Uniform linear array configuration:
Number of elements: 48
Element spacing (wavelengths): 0.5
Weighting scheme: hann
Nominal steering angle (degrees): -45
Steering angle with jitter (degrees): -44.817
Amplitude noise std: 0.05
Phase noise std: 0.05

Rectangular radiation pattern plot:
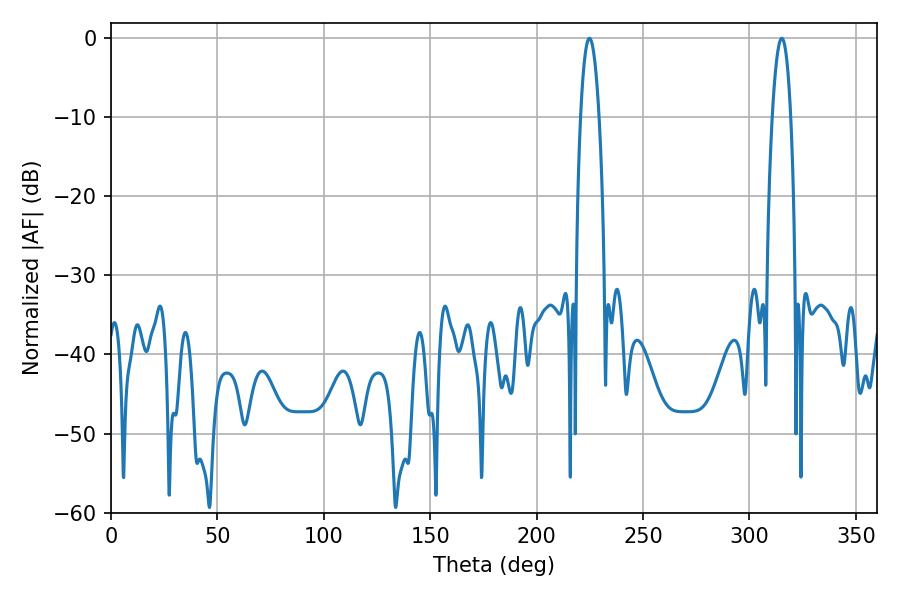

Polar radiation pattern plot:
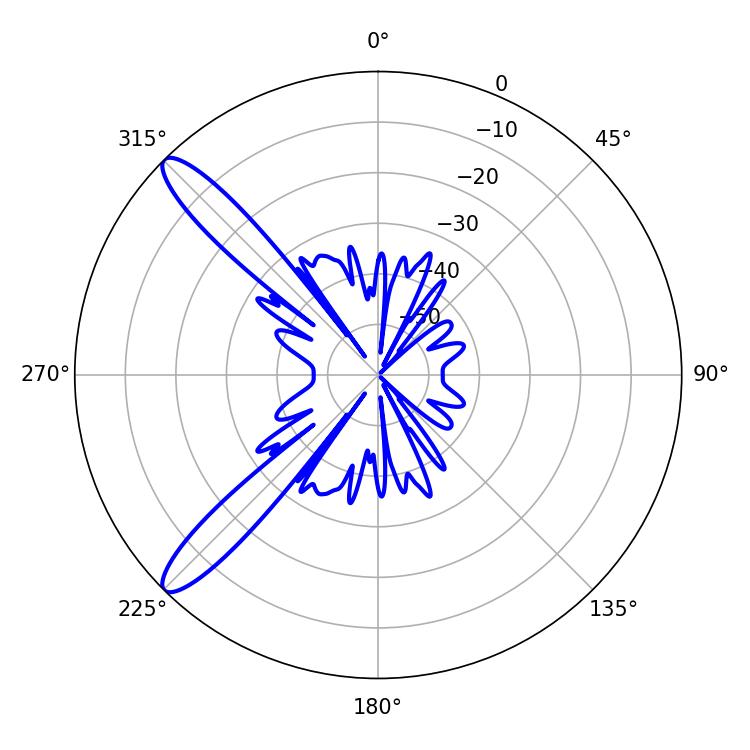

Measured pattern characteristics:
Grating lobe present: FALSE
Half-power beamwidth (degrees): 4.86
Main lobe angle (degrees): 224.82